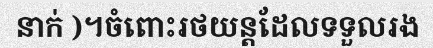
នាក់ )។ចំពោះរថយន្តដែលទទួលរង